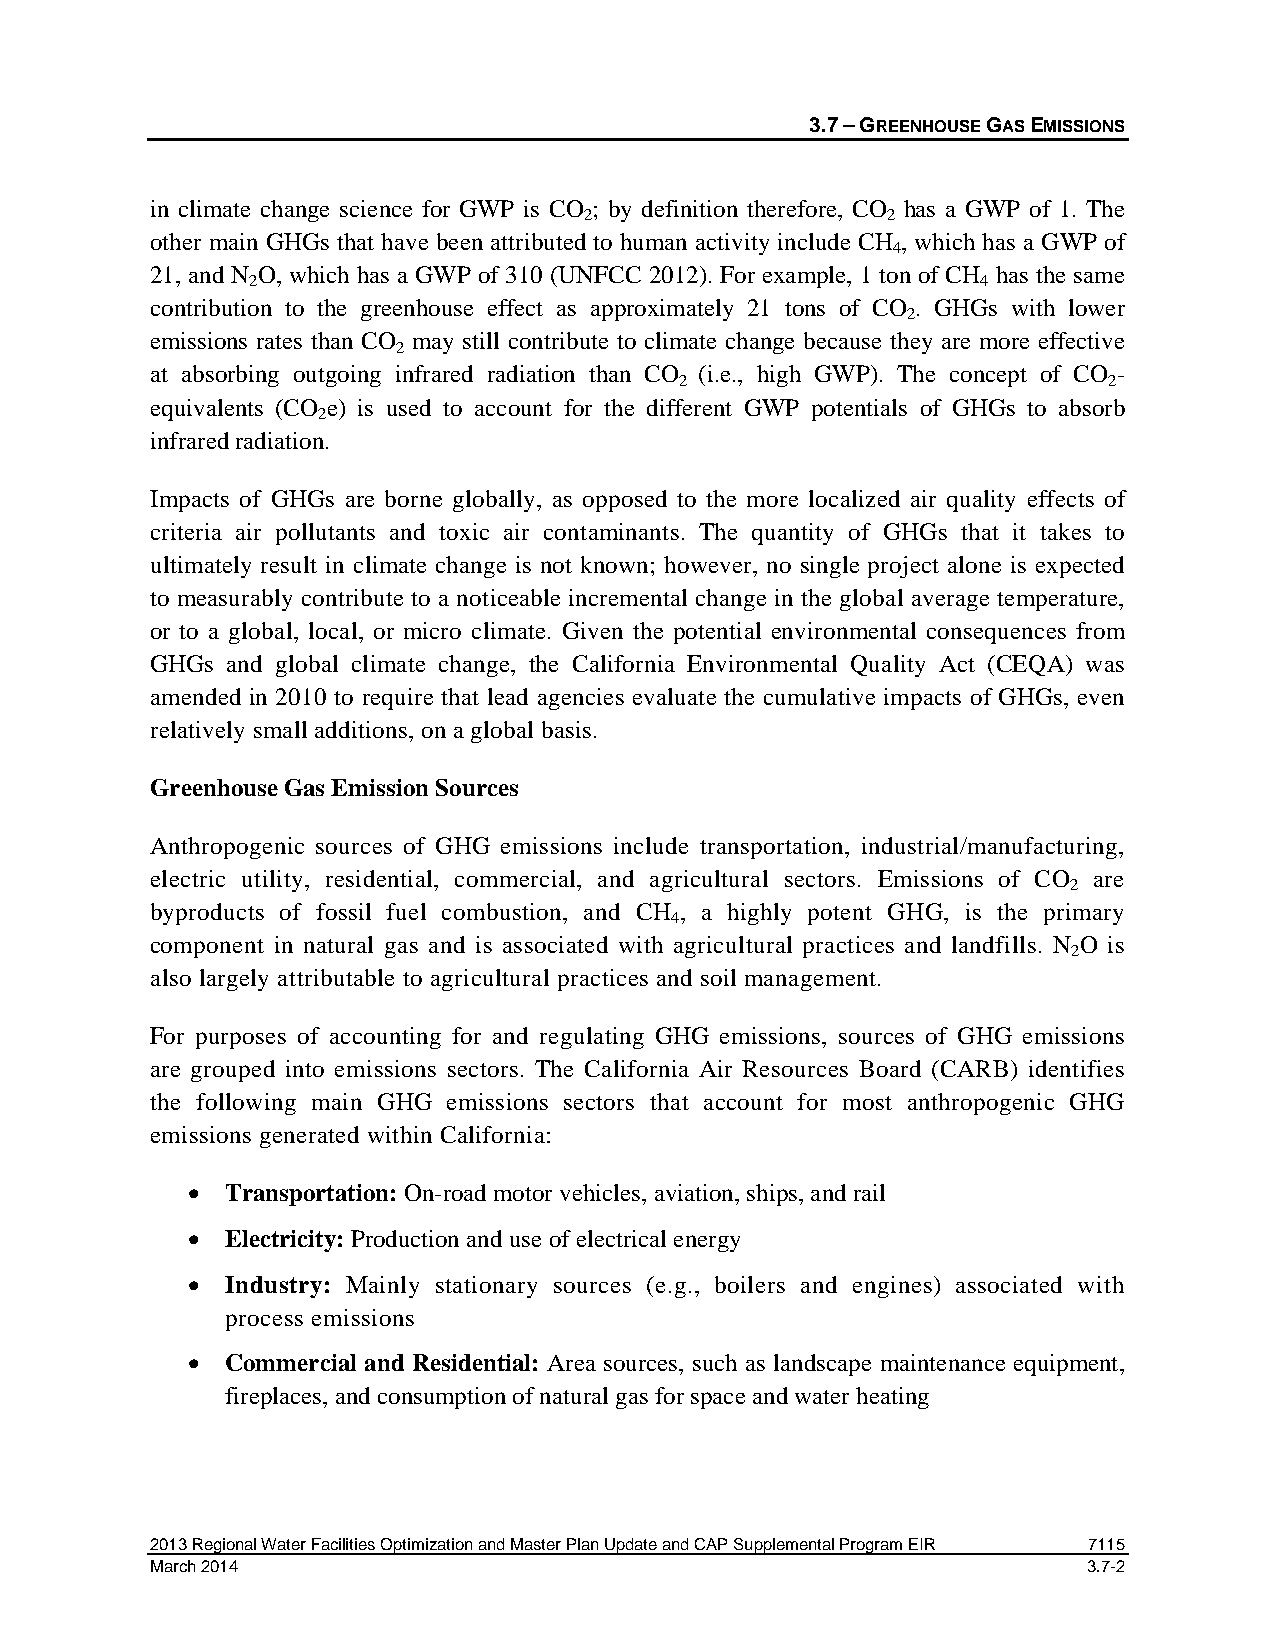
3.7 – GREENHOUSE GAS EMISSIONS
 in climate change science for GWP is CO ; by definition therefore, CO has a GWP of 1. The
 2                   2
 other main GHGs that have been attributed to human activity include CH , which has a GWP of
 4
 21, and N O, which has a GWP of 310 (UNFCC 2012). For example, 1 ton of CH has the same
 2                                               4
 contribution to the greenhouse effect as approximately 21 tons of CO . GHGs with lower
 2
 emissions rates than CO may still contribute to climate change because they are more effective
 2
 at absorbing outgoing infrared radiation than CO (i.e., high GWP). The concept of CO -
 2                           2
 equivalents (CO e) is used to account for the different GWP potentials of GHGs to absorb
 2
 infrared radiation.
 Impacts of GHGs are borne globally, as opposed to the more localized air quality effects of
 criteria air pollutants and toxic air contaminants. The quantity of GHGs that it takes to
 ultimately result in climate change is not known; however, no single project alone is expected
 to measurably contribute to a noticeable incremental change in the global average temperature,
 or to a global, local, or micro climate. Given the potential environmental consequences from
 GHGs and global climate change, the California Environmental Quality Act (CEQA) was
 amended in 2010 to require that lead agencies evaluate the cumulative impacts of GHGs, even
 relatively small additions, on a global basis.
 Greenhouse Gas Emission Sources
 Anthropogenic sources of GHG emissions include transportation, industrial/manufacturing,
 electric utility, residential, commercial, and agricultural sectors. Emissions of CO are
 2
 byproducts of fossil fuel combustion, and CH , a highly potent GHG, is the primary
 4
 component in natural gas and is associated with agricultural practices and landfills. N O is
 2
 also largely attributable to agricultural practices and soil management.
 For purposes of accounting for and regulating GHG emissions, sources of GHG emissions
 are grouped into emissions sectors. The California Air Resources Board (CARB) identifies
 the following main GHG emissions sectors that account for most anthropogenic GHG
 emissions generated within California:
 •  Transportation: On-road motor vehicles, aviation, ships, and rail
 •  Electricity: Production and use of electrical energy
 •  Industry: Mainly stationary sources (e.g., boilers and engines) associated with
 process emissions
 •  Commercial and Residential: Area sources, such as landscape maintenance equipment,
 fireplaces, and consumption of natural gas for space and water heating
 2013 Regional Water Facilities Optimization and Master Plan Update and CAP Supplemental Program EIR 7115
 March 2014                                                    3.7-2